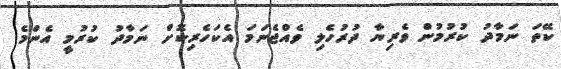
ކޭތަ ނަމާދު ކުރުމުން ވެރިޔާ ދުރުހެލި ވެއްޖެނަމަ އެކަހެރިކޮށް ނަމާދު ކުރުމީ އެންމެ